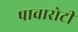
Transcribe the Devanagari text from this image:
पावारोटी